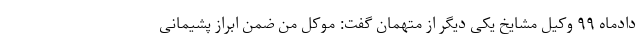
دادماه ۹۹ وکیل مشایخ یکی دیگر از متهمان گفت: موکل من ضمن ابراز پشیمانی